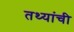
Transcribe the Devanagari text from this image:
तथ्यांची